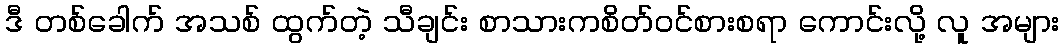
ဒီ တစ်ခေါက် အသစ် ထွက်တဲ့ သီချင်း စာသားကစိတ်ဝင်စားစရာ ကောင်းလို့ လူ အများ